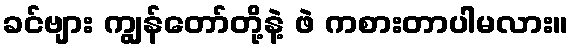
ခင်ဗျား ကျွန်တော်တို့နဲ့ ဖဲ ကစားတာပါမလား။